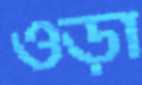
ওড়া